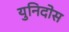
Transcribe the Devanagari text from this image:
युनिदोस